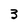
Character: 3